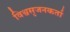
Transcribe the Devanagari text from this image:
विश्वसृजनकर्ता